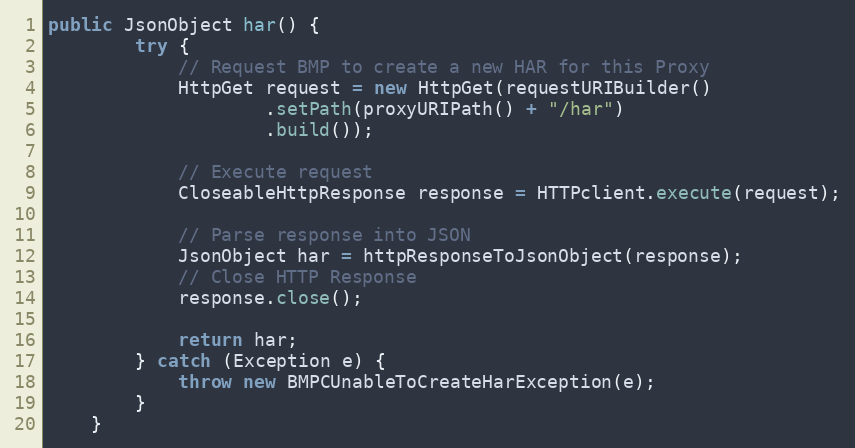
Language: Java
public JsonObject har() {
        try {
            // Request BMP to create a new HAR for this Proxy
            HttpGet request = new HttpGet(requestURIBuilder()
                    .setPath(proxyURIPath() + "/har")
                    .build());

            // Execute request
            CloseableHttpResponse response = HTTPclient.execute(request);

            // Parse response into JSON
            JsonObject har = httpResponseToJsonObject(response);
            // Close HTTP Response
            response.close();

            return har;
        } catch (Exception e) {
            throw new BMPCUnableToCreateHarException(e);
        }
    }